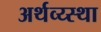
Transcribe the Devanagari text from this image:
अर्थव्य्स्था